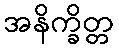
အနိက္ခိတ္တ